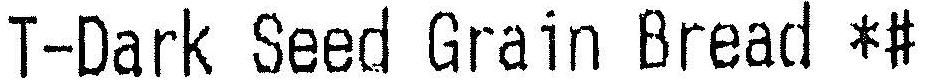
T-DARK SEED GRAIN BREAD *#